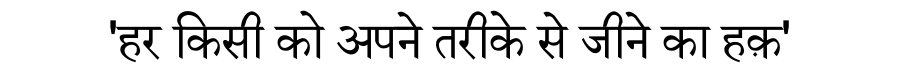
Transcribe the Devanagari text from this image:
'हर किसी को अपने तरीके से जीने का हक़'